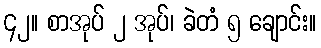
၄၂။ စာအုပ် ၂ အုပ်၊ ခဲတံ ၅ ချောင်း။